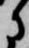
に